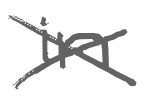
Text: in
Cross-out: cross
Writing tool: digital_gray